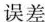
误差